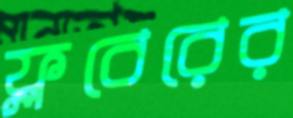
ফ্লবেরের